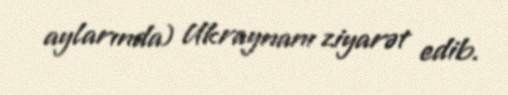
aylarında) Ukraynanı ziyarət edib.